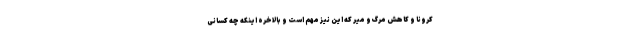
کرونا و کاهش مرگ و میر که این نیز مهم است و بالاخره اینکه چه کسانی